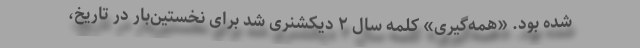
شده بود. «همه‌گیری» کلمه سال ۲ دیکشنری شد برای نخستین‌بار در تاریخ،